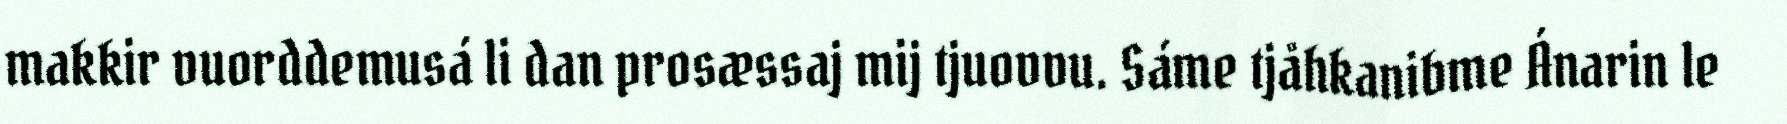
makkir vuorddemusá li dan prosæssaj mij tjuovvu. Sáme tjåhkanibme Ánarin le